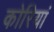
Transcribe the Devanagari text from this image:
कोरियां